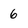
Character: 6